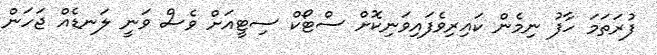
ފުރަތަމަ ހާފު ނިމެން ކައިރިވެފައިވަނިކޮށް ސްޓޯކް ސިޓީއަށް ވެސް ވަނީ ލަނޑެއް ޖަހަން